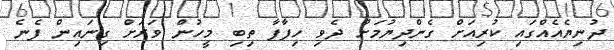
ދުނިޔެއެއްގައި ކުރިއަށް ގެންދިޔުމަށް ދެވި ހިފާފާ ތިބި މީހުން ވަރަށް ގިނައިން ފެނެ